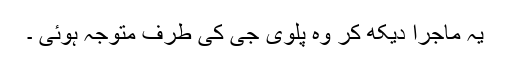
یہ ماجرا دیکھ کر وہ پلوی جی کی طرف متوجہ ہوئی ۔